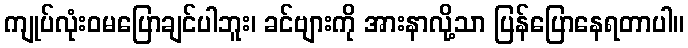
ကျုပ်လုံးဝမပြောချင်ပါဘူး၊ ခင်ဗျားကို အားနာလို့သာ ပြန်ပြောနေရတာပါ။